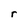
Character: r